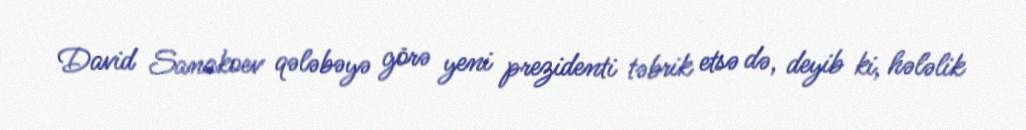
David Sanakoev qələbəyə görə yeni prezidenti təbrik etsə də, deyib ki, hələlik